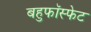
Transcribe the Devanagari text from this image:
बहुफॉस्फेट